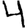
Digit: 4